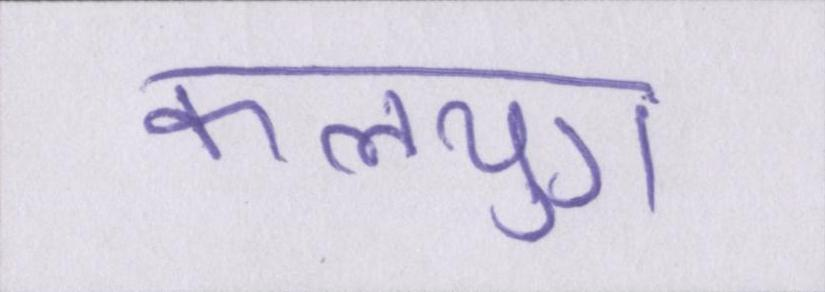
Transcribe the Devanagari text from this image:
कलयुग